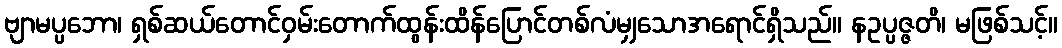
ဗျာမပ္ပဘော၊ ရှစ်ဆယ်တောင်ဝှမ်းတောက်ထွန်းထိန်ပြောင်တစ်လံမျှသောအရောင်ရှိသည်။ နဥပ္ပဇ္ဇတိ၊ မဖြစ်သင့်။